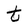
Character: t